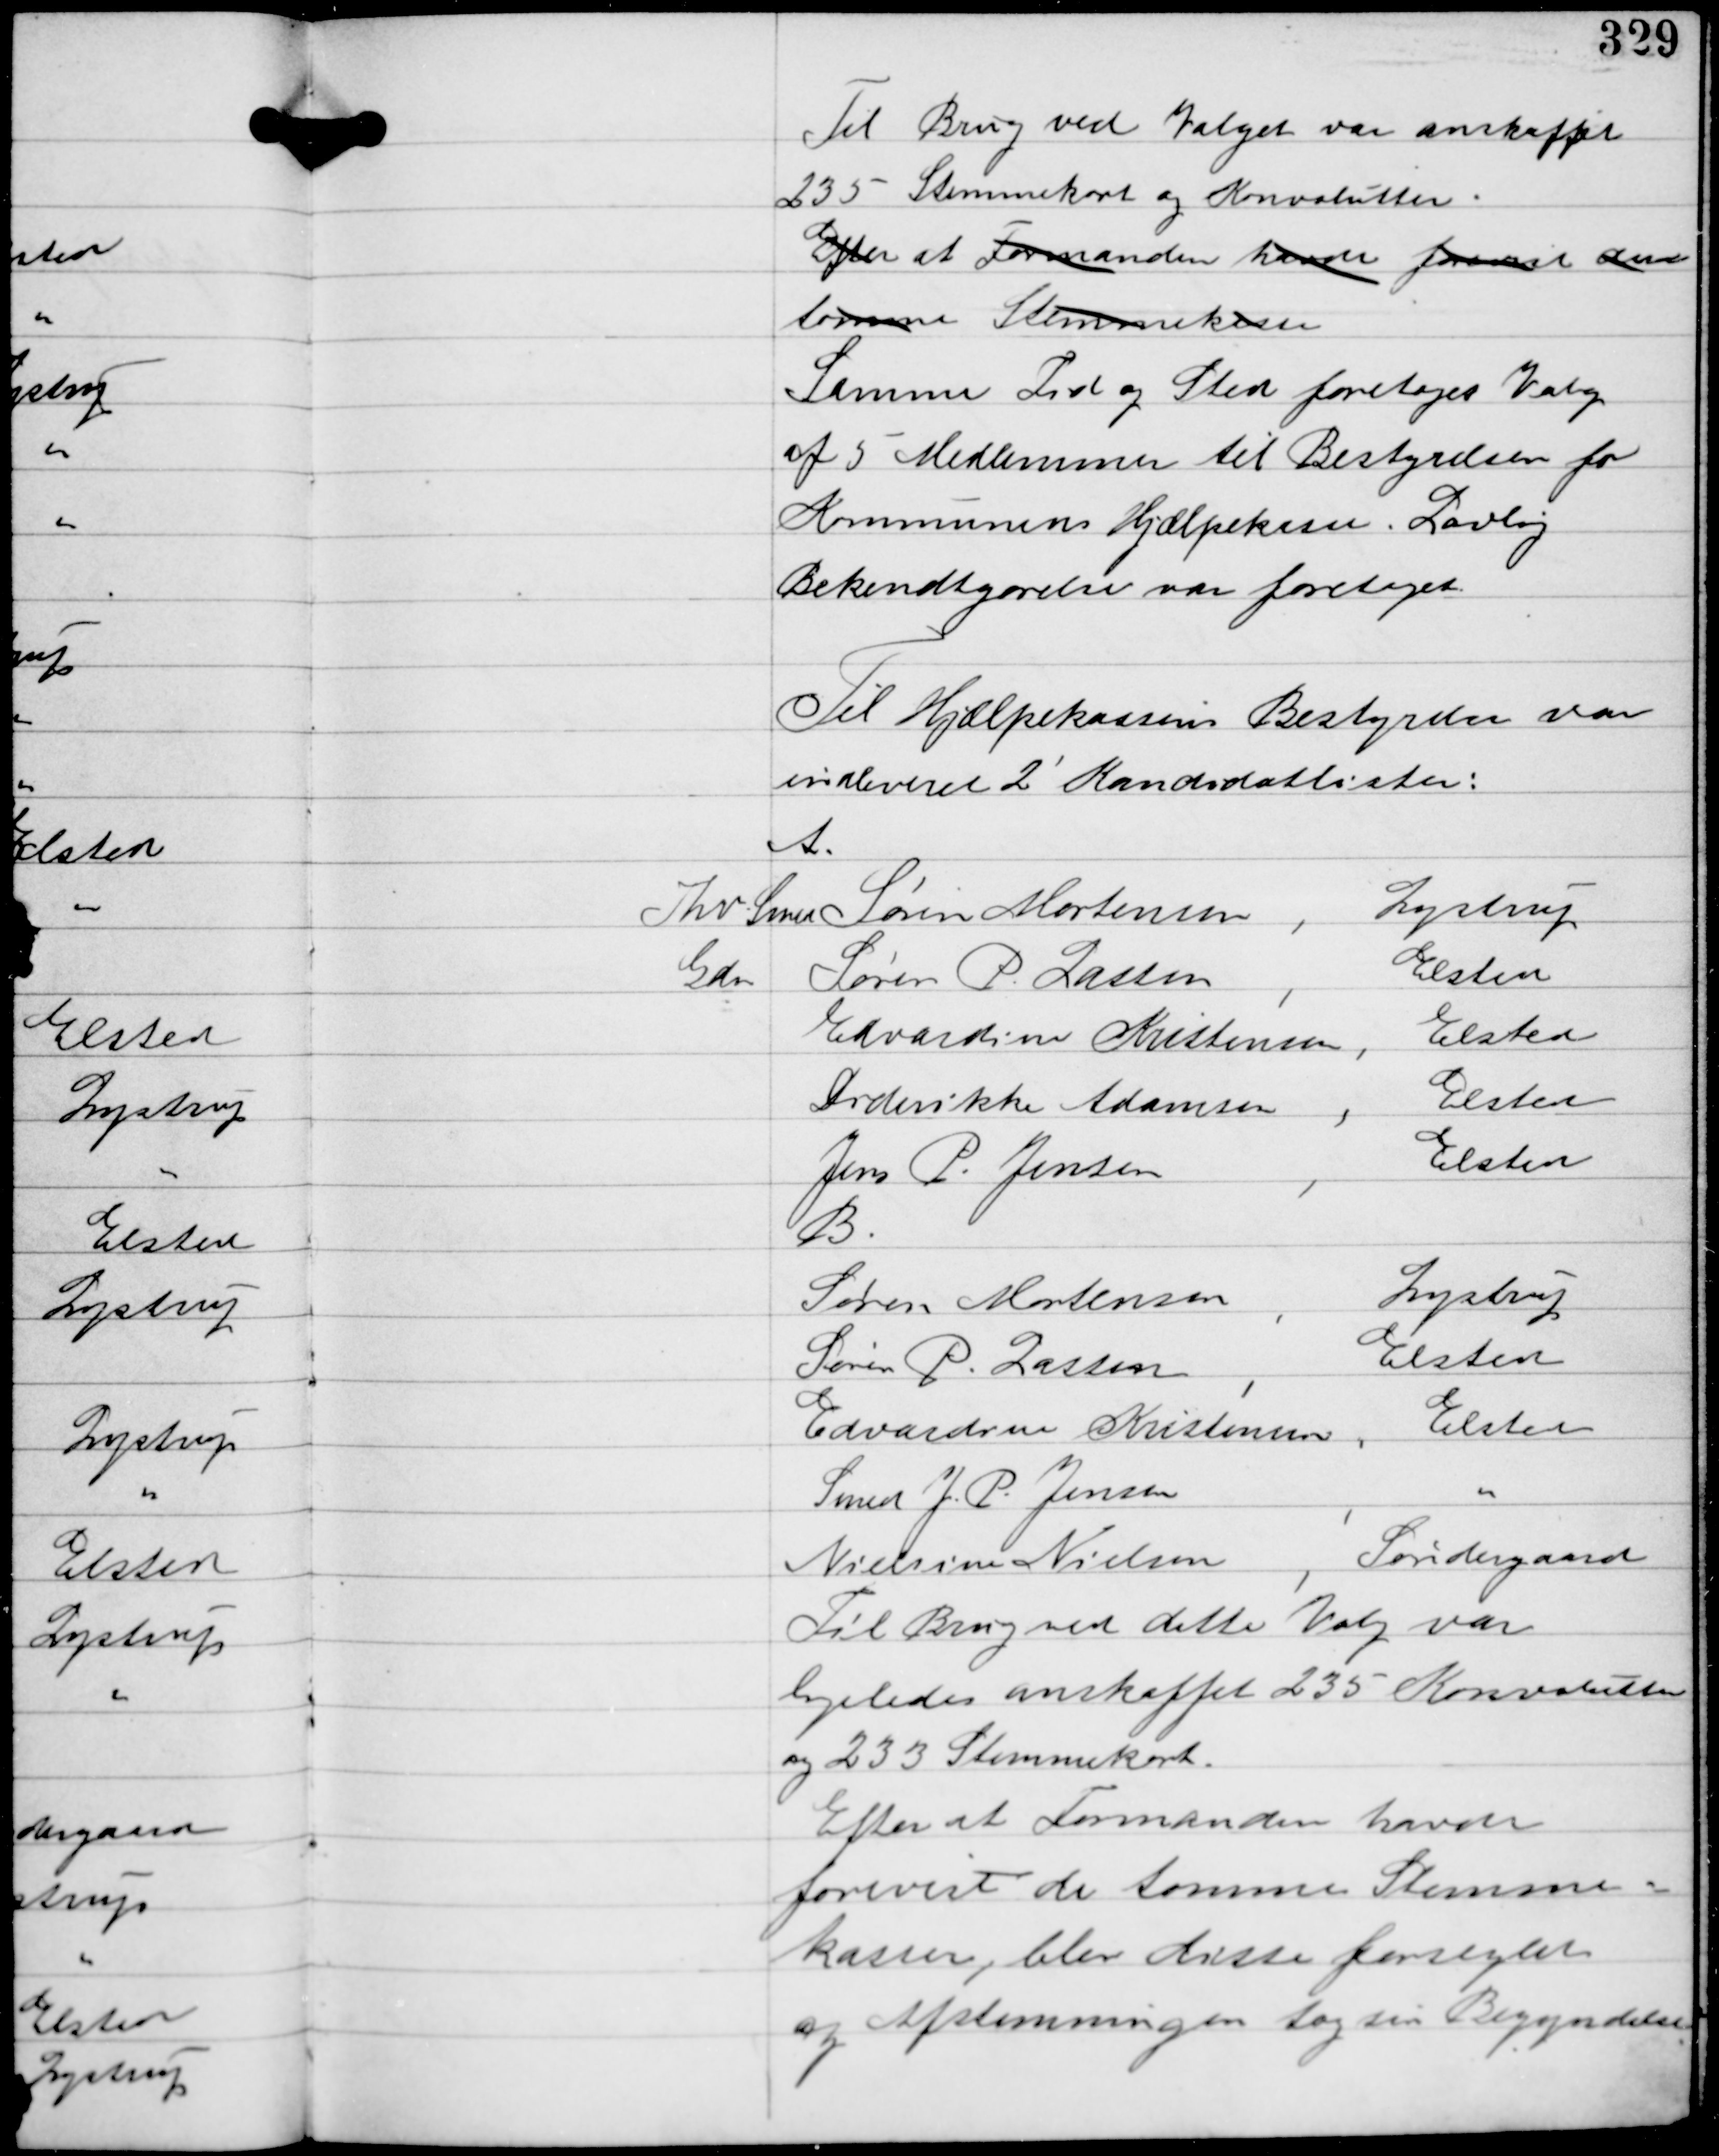
Transskription:
Til Brug ved Valget var anskaffet
235 Stemmekort og Konvolutter.
Efter at Formanden havde forevist denne
tomme Stemmekasse
Samme Tid og Sted foretoges Valg
af 5 Medlemmer til Bestyrelsen for
Kommunens Hjælpekasse. Lovlig
Bekendtgørelse var foretaget.

Til Hjælpekassens Bestyrelse var
indleveret 2 Kandidatlister:

A.
Fhv. Smed Søren Mortensen,
Lystrup
Gdr Søren P. Lassen,
Elsted
Edvardine Kristensen,
Elsted
Frederikke Adamsen,
Elsted
Jens P. Jensen,
Elsted
B.
Søren Mortensen,
Lystrup
Søren P. Lassen,
Elsted
Edvardine Kristensen,
Elsted
Smed J. P. Jensen,
''
Nielsine Nielsen,
Søndergaard
Til Brug ved dette Valg var
ligeledes anskaffet 235 Konvolutter
og 233 Stemmekort.
Efter at Formanden havde
forevist de tomme Stemme-
kasser, blev disse forseglet
og Afstemningen tog sin Begyndelse.